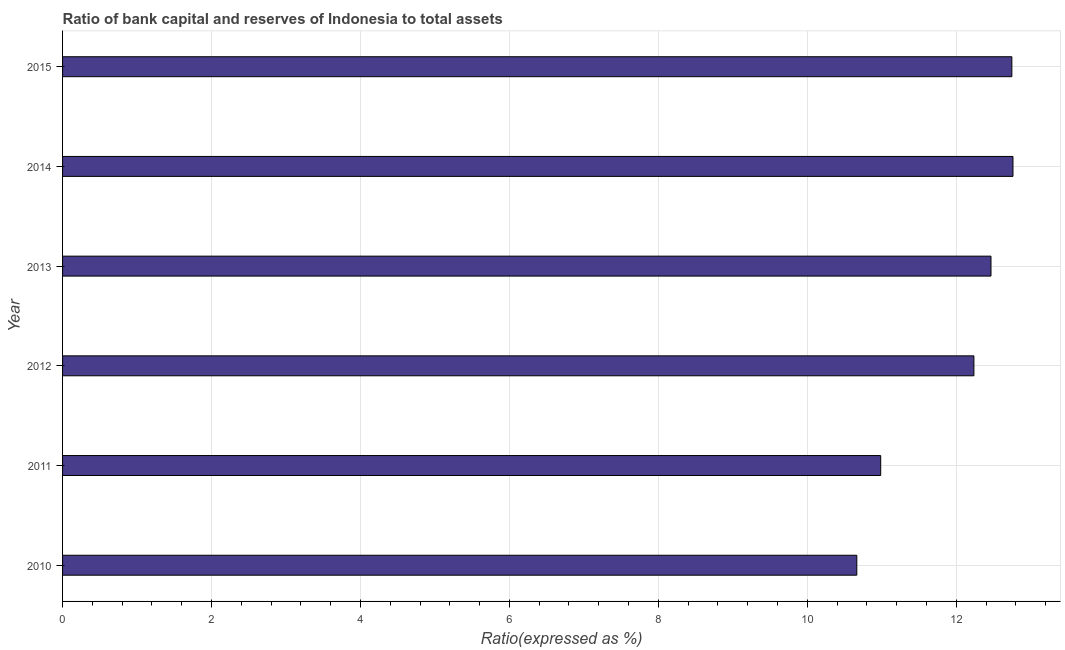
| Year | Bank capital to assets ratio |
 | --- | --- |
 | 2010 | 10.7 |
 | 2011 | 11 |
 | 2012 | 12.2 |
 | 2013 | 12.5 |
 | 2014 | 12.8 |
 | 2015 | 12.7 |